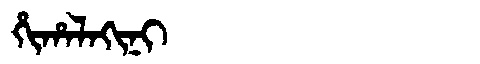
Manchu: ᡥᡳᡥᠠᠯᠠᡴᡳᠨᡳ
Romanization: HIHALAKINI